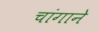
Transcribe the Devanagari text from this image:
चांगाने